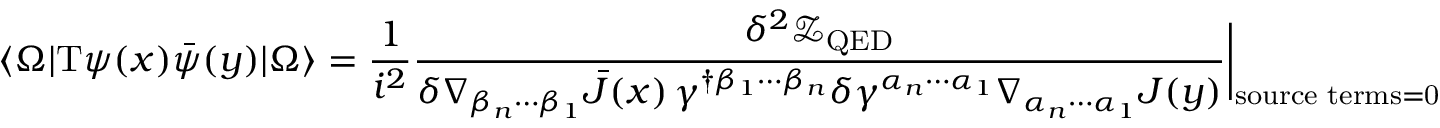
\langle \Omega | \mathrm { T } \psi ( x ) \bar { \psi } ( y ) | \Omega \rangle = \frac { 1 } { i ^ { 2 } } \frac { \delta ^ { 2 } \mathcal { Z } _ { \mathrm { Q E D } } } { \delta \nabla _ { \beta _ { n } \cdots \beta _ { 1 } } \bar { J } ( x ) \, \gamma ^ { \dagger \beta _ { 1 } \cdots \beta _ { n } } \delta \gamma ^ { \alpha _ { n } \cdots \alpha _ { 1 } } \nabla _ { \alpha _ { n } \cdots \alpha _ { 1 } } J ( y ) } \bigg \vert _ { \mathrm { s o u r c e \, \, t e r m s = 0 } }